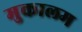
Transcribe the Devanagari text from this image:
मुकालम